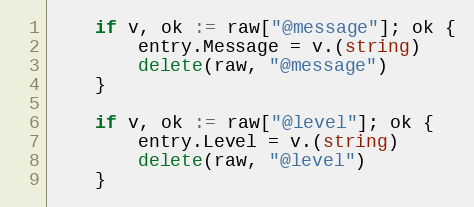
Language: Go
	if v, ok := raw["@message"]; ok {
		entry.Message = v.(string)
		delete(raw, "@message")
	}

	if v, ok := raw["@level"]; ok {
		entry.Level = v.(string)
		delete(raw, "@level")
	}